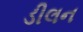
ડીલન